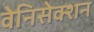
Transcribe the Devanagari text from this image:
वेनिसेक्शन